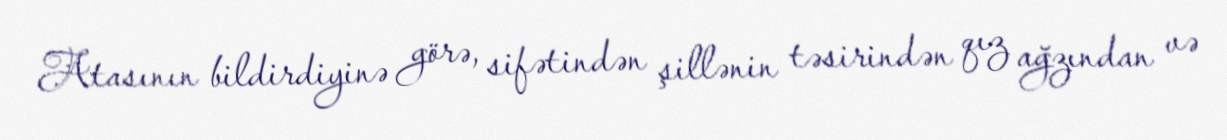
Atasının bildirdiyinə görə, sifətindən şillənin təsirindən qız ağzından və